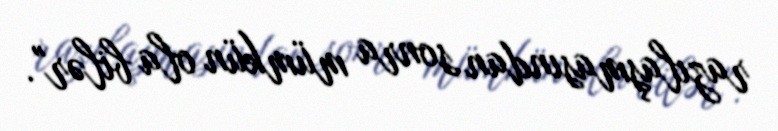
razılaşmasından sonra mümkün ola bilər".